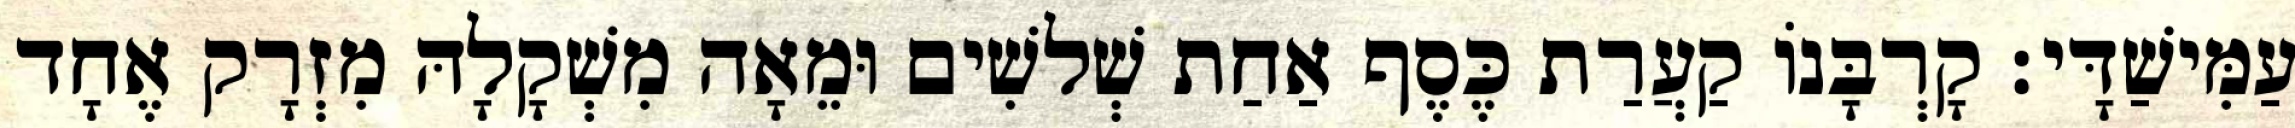
עַמִּישַׁדָּי׃ קָרְבָּנוֹ קַעֲרַת כֶּסֶף אַחַת שְׁלשִׁים וּמֵאָה מִשְׁקָלָהּ מִזְרָק אֶחָד